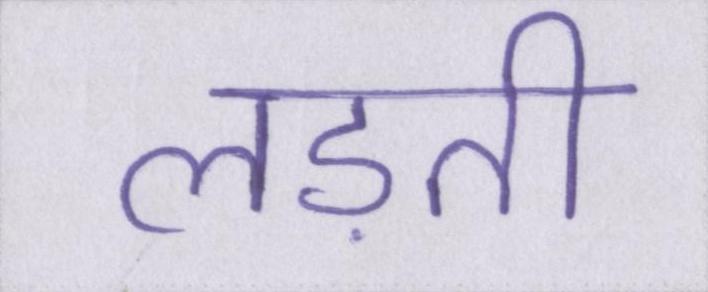
लड़ती